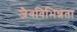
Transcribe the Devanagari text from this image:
जैवविभिन्नता